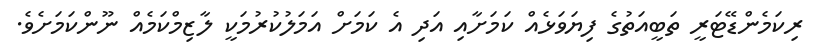
ރިކަމެންޑޭޓަރީ ތަބީއަތުގެ ފިޔަވަޅެއް ކަަމަށާއި އަދި އެ ކަަމަށް އަމަލުކުރުމަކީ ލާޒިމްކަމެއް ނޫންކަމަށެވެ.